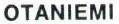
OTANIEMI